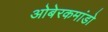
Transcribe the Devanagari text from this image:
ओबेरकमांडो